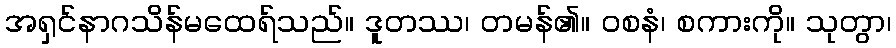
အရှင်နာဂသိန်မထေရ်သည်။ ဒူတဿ၊ တမန်၏။ ဝစနံ၊ စကားကို။ သုတွာ၊